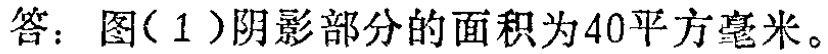
答：图(1)阴影部分的面积为40平方毫米。